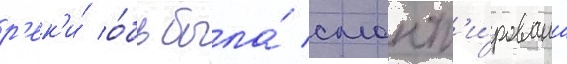
р'ек'и́ о́бь была́ смонт'и́рована